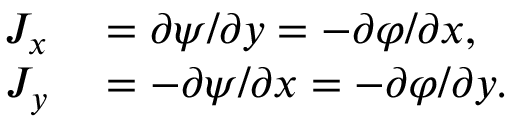
\begin{array} { r l } { J _ { x } } & { { } = \partial \psi / \partial y = - \partial \varphi / \partial x , } \\ { J _ { y } } & { { } = - \partial \psi / \partial x = - \partial \varphi / \partial y . } \end{array}